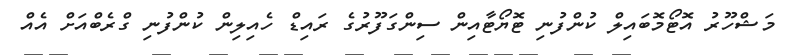
މަޝްހޫރު އޮޓޯމޮބައިލް ކުންފުނި ޓޮޔޯޓާއިން ސިންގަފޫރުގެ ރައިޑް ހެއިލިން ކުންފުނި ގްރެބްއަށް އެއް